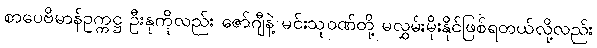
စာပေဗိမာန်ဥက္ကဋ္ဌ ဦးနုကိုလည်း ဇော်ဂျီနဲ့ မင်းသုဝဏ်တို့ မလွှမ်းမိုးနိုင်ဖြစ်ရတယ်လို့လည်း